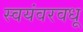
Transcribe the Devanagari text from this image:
स्वयंवरवधू